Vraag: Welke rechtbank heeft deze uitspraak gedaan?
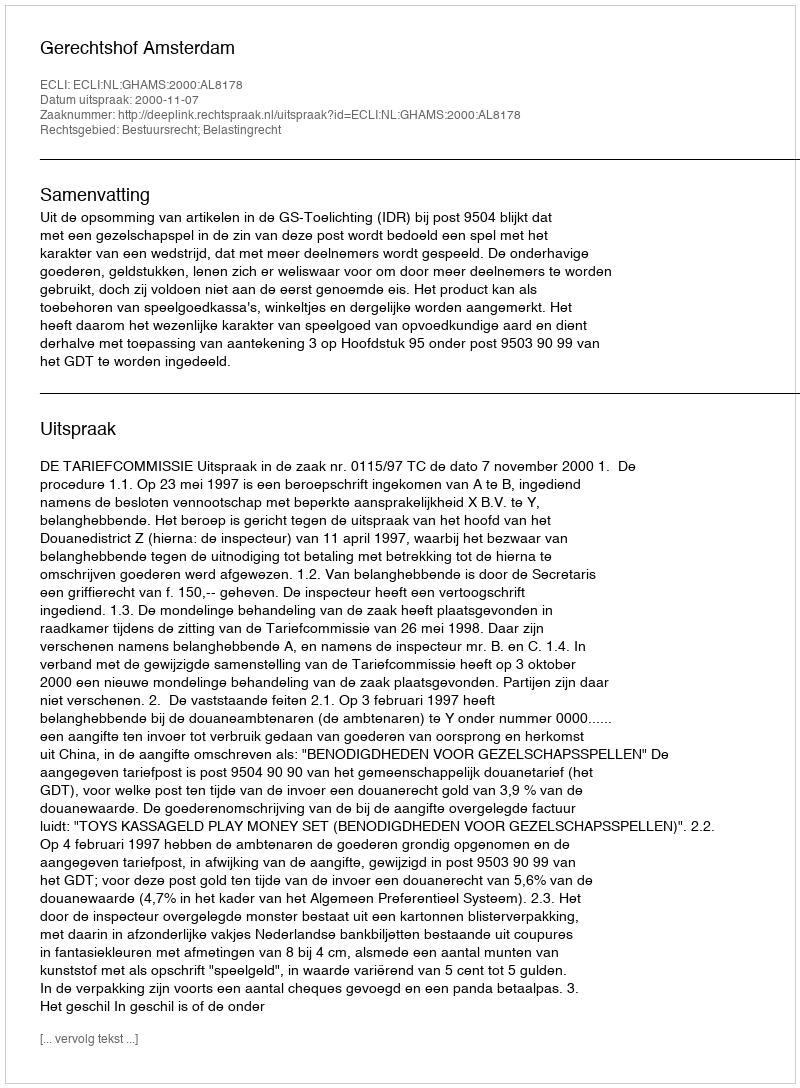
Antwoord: Gerechtshof Amsterdam